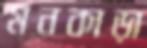
মনকাড়া